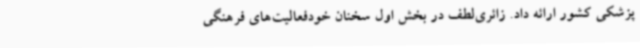
پزشکی کشور ارائه داد. زائری‌لطف در بخش اول سخنان خودفعالیت‌های فرهنگی